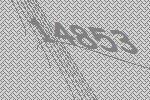
14853